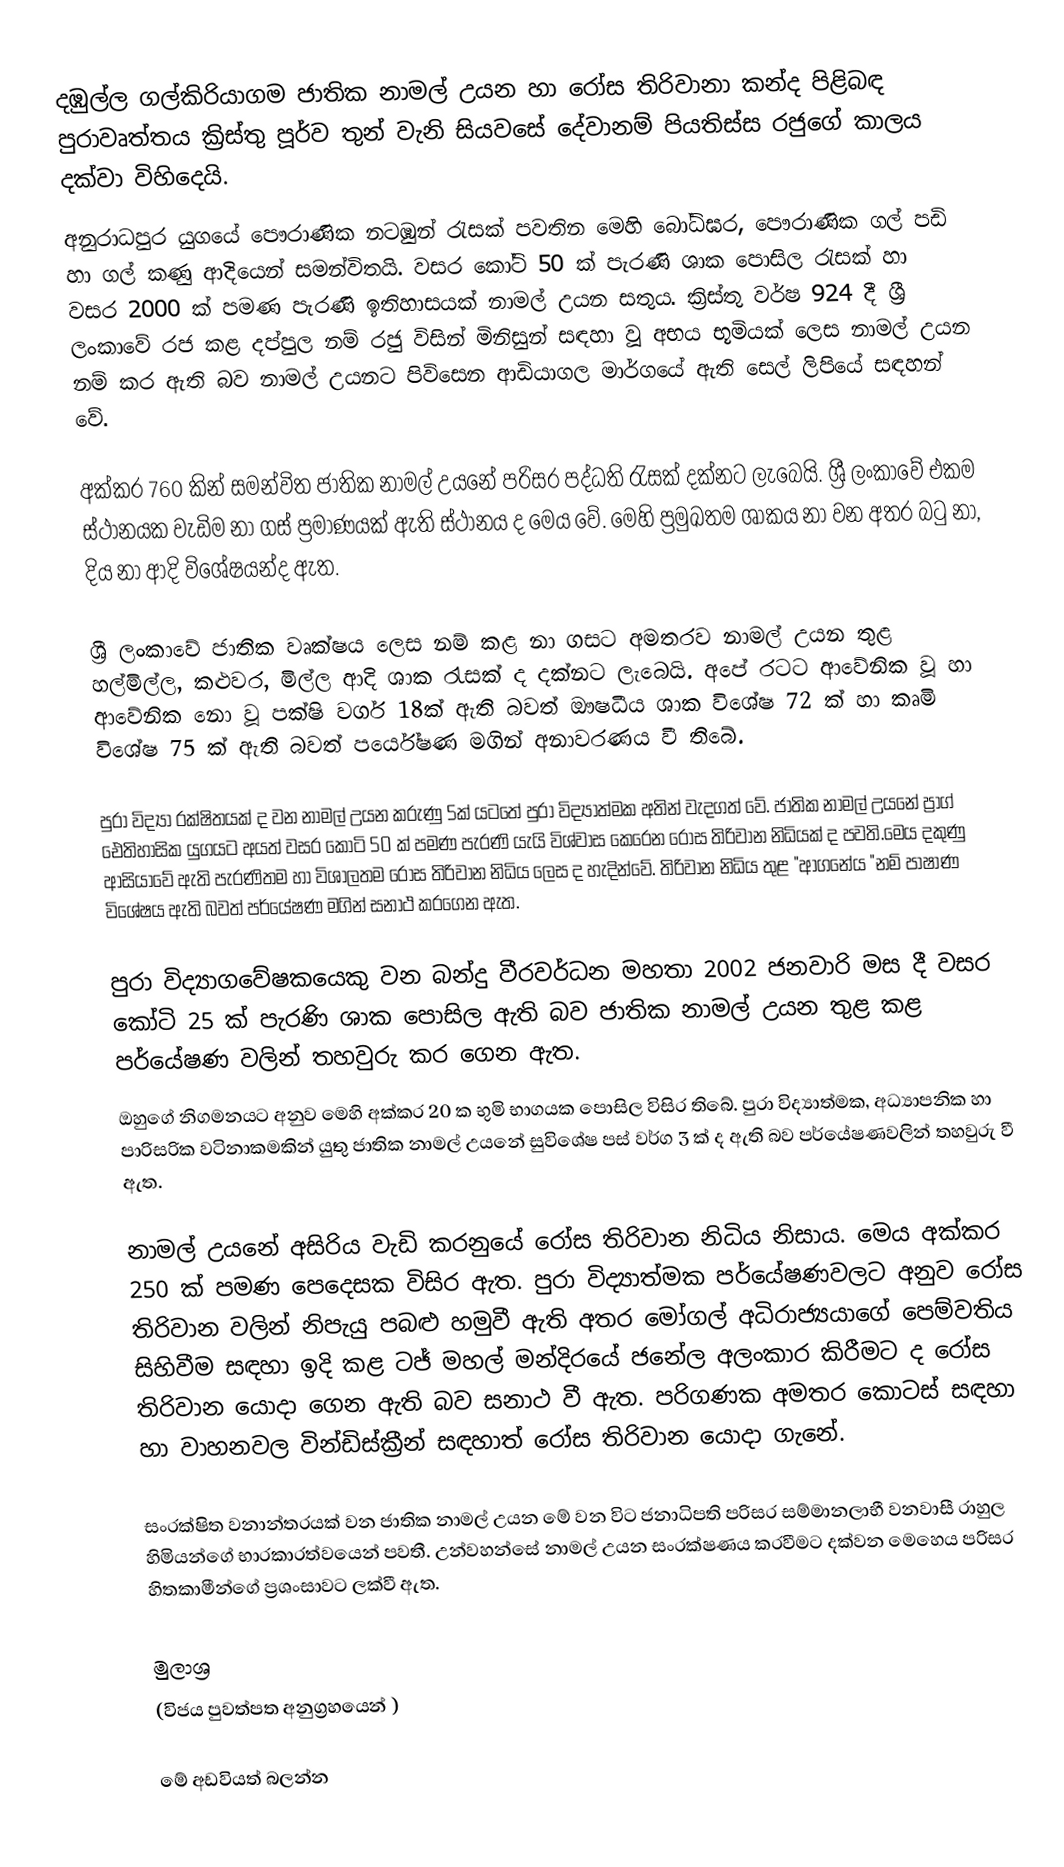
දඹුල්ල ගල්කිරියාගම ජාතික නාමල් උයන හා රෝස තිරිවානා කන්ද පිළිබඳ පුරාවෘත්තය ක්‍රිස්තු පූර්ව තුන් වැනි සියවසේ දේවානම් පියතිස්ස රජුගේ කාලය දක්වා විහිදෙයි.
අනුරාධපුර යුගයේ පෞරාණික නටඹුන් ‍රැසක් පවතින මෙහි බෝධිඝර, පෞරාණික ගල් පඩි හා ගල් කණු ආදියෙන් සමන්විතයි. වසර කෝටි 50 ක් පැරණි ශාක පොසිල රැසක් හා වසර 2000 ක් පමණ පැරණි ඉතිහාසයක් නාමල් උයන සතුය. ක්‍රිස්තු වර්ෂ 924 දී ශ්‍රී ලංකාවේ රජ කළ දප්පුල නම් රජු විසින් මිනිසුන් සඳහා වූ අභය භූමියක් ලෙස නාමල් උයන නම් කර ඇති බව නාමල් උයනට පිවිසෙන ආඩියාගල මාර්ගයේ ඇති සෙල් ලිපියේ සඳහන් වේ.

අක්කර 760 කින් සමන්විත ජාතික නාමල් උයනේ පරිසර පද්ධති රැසක් දක්නට ලැබෙයි. ශ්‍රී ලංකාවේ එකම ස්ථානයක වැඩිම නා ගස් ප්‍රමාණයක් ඇති ස්ථානය ද මෙය වේ. මෙහි ප්‍රමුඛතම ශාකය නා වන අතර බටු නා, දිය නා ආදි විශේෂයන්ද ඇත.

ශ්‍රී ලංකාවේ ජාතික වෘක්ෂය ලෙස නම් කළ නා ගසට අමතරව නාමල් උයන තුළ හල්මිල්ල, කළුවර, මිල්ල ආදි ශාක රැසක් ද දක්නට ලැබෙයි. අපේ රටට ආවේනික වූ හා ආවේනික නො වූ පක්ෂි වර්ග 18ක් ඇති බවත් ඖෂධීය ශාක විශේෂ 72 ක් හා කෘමි විශේෂ 75 ක් ඇති බවත් පර්යේෂණ මගින් අනාවරණය වී තිබේ.

පුරා විද්‍යා රක්ෂිතයක් ද වන නාමල් උයන කරුණු 5ක් යටතේ පුරා විද්‍යාත්මක අතින් වැදගත් වේ. ජාතික නාමල් උයනේ ප්‍රාග් ඓතිහාසික යුගයට අයත් වසර කෝටි 50 ක් පමණ පැරණි යැයි විශ්වාස කෙරෙන රෝස තිරිවාන නිධියක් ද පවති.මෙය දකුණු ආසි‍යාවේ ඇති පැරණිතම හා විශාලතම රෝස තිරිවාන නිධිය ලෙස ද හැදින්වේ. තිරිවාන නිධිය තුළ "ආගනේය "නම් පාෂාණ විශේෂය ඇති බවත් පර්යේෂණ මගින් සනාථ ක‍රගෙන ඇත.

පුරා විද්‍යාගවේෂකයෙකු වන බන්දු වීර‍වර්ධන මහතා 2002 ජනවාරි මස දී වසර කෝටි 25 ක් පැරණි ශාක පොසිල ඇති බව ජාතික නාමල් උයන තුළ කළ පර්යේෂණ වලින් තහවුරු කර ගෙන ඇත.
ඔහුගේ නිගමනයට අනුව මෙහි අක්කර 20 ක භුමි භාගයක පොසිල විසිර තිබේ. පුරා විද්‍යාත්මක, අධ්‍යාපනික හා පාරිසරික වටිනාකමකින් යුතු ජාතික නාමල් උයනේ සුවිශේෂ පස් වර්ග 3 ක් ද ඇති බව පර්යේෂණවලින් තහවුරු වී ඇත.

නාමල් උයනේ අසිරිය වැඩි කරනුයේ රෝස තිරිවාන නිධිය  නිසාය. මෙය අක්කර 250 ක් පමණ පෙදෙසක විසිර ඇත. පුරා විද්‍යාත්මක පර්යේෂණවලට අනුව රෝස තිරිවාන වලින් නිපැයු   පබළු හමුවී ඇති අතර මෝගල් අධිරාජ්‍යයාගේ පෙම්වතිය සිහිවීම සඳහා ඉදි කළ ටජ් මහල් මන්දිරයේ ජනේල අලංකාර කිරීමට ද රෝස තිරිවාන යොදා ගෙන ඇති බව සනාථ වී ඇත. පරිගණක අමතර කොටස් සඳහා හා වාහනවල වින්ඩිස්ක්‍රීන් සඳහාත් රෝස තිරිවාන යොදා ගැනේ.

සංරක්ෂිත වනාන්තරයක් වන ජාතික නාමල් උයන මේ වන විට ජනාධිපති පරිසර සම්මානලාභී වනවාසී රාහුල හිමියන්ගේ භාරකාරත්වයෙන් පවතී. උන්වහන්සේ නාමල් උයන සංරක්ෂණය කරවීමට දක්වන මෙහෙය පරිසර හිතකාමීන්ගේ ප්‍රශංසාවට ලක්වී ඇත.

මුලාශ්‍ර
(විජය පුවත්පත අනුග්‍රහයෙන් )

මේ අඩවියත් බලන්න